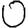
Digit: 0